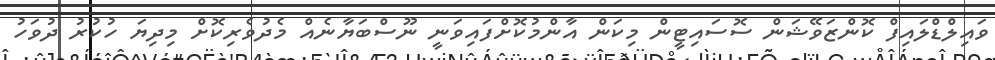
ވައިލްޑްލައިފް ކޮންޒަވޭޝަން ސޮސައިޓީން މިކަން އާންމުކޮށްފައިވަނީ ނޫސްބަޔާނެއް މެދުވެރިކޮށް މިދިޔަ ހުކުރު ދުވަހު